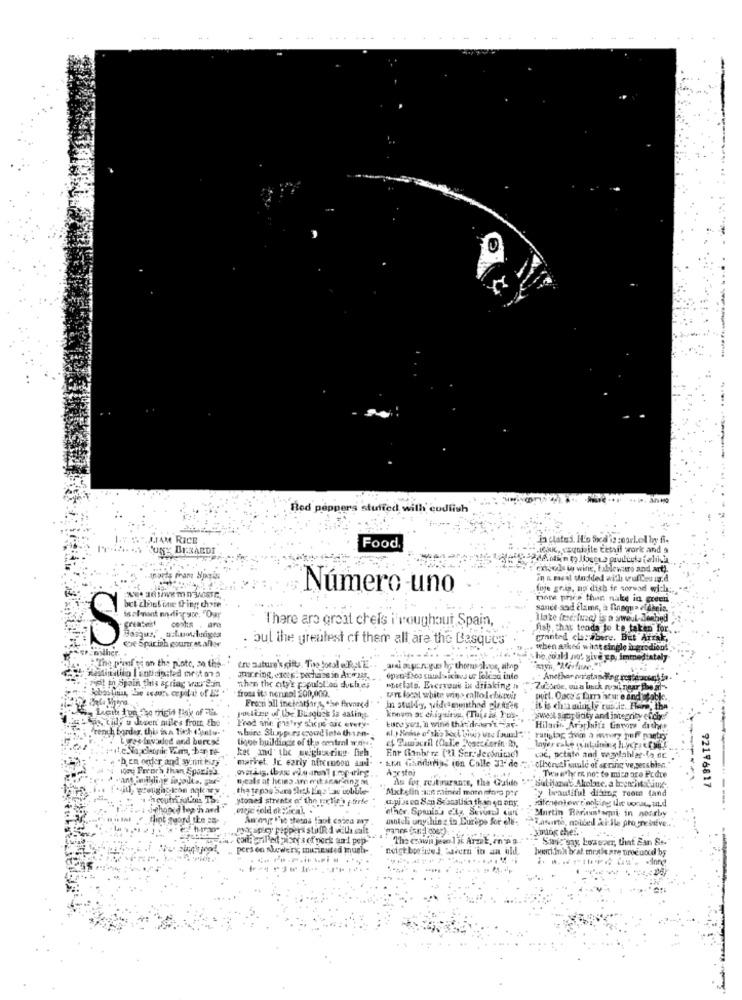
Red peppers stuffed with codfish
TAM RICE
In plates. HL'o fixed's :eurl.el byy fi.
BERARDI
Food.
FLINK, cagudsite tetsil work and 9
: enjols w wing, tableware and art).
in n. zwal Modded with vufCes ig.d
Número uno
fuje gris, no dish fr sorvad wich:
more price than nake in green
bet chel one thing chate
sance scad clame, à finaqua eldhele.
greatest costs . ara
There are great cheis i'roughout Spain,
fish, that tends to be taken for.
Basque, azlowlediges
Ce Sparish gounrecallar
00
bul the greatest of them all are the Basques
granted clarabere. But Arrak,
Either
when asked what single ingredient
"The p'raf te on the plate, zo the ..
who could not give up, immediately
tre nature's gifts. The tool DE .. and aging by theusahos, sihp
Redhatilo I anticipated mest on a
jeit th Spain this agriag was Sin
Jhar ring, excep. pochass in Av. it
open-fros salsichavs ur Tolead inte
Anether w'standing resteraouch ia
froma its nonnol 200,000.
than the city's populolan duches
"ocelots. Everyone in driaking In
Frecti all inefestsir,s, the fhvneed
port. Osco's fam ature and stable ..
In stuldy, widesmonthad pletzin
as tilly u dieen miles from the
poctize of the Bisque's la satin.
knove as chiquita. (This is Ius-
ywell simplicity and integrity ofchef
rench border, this isa Bitch t'onto-
Frad she phstry shope aac every-
white Slippes esordiota thian-
Luce yes, i wind that dream't Har-
Hilario Araphitz Garons dishes
birres Invaded and burcse
lique buildings of the central wane.
ket and' the weigharing. fieh.
Enr (inbe re ['Li Ser. Jerónitac)
ben ogler and sy mint hire
market, Jc early afternoon and. . Et Gandaras ion Calle 31 de
cac, potato and wgylablag-to dr.
rh than Sporip's
Agestor
ciberutionule of spring vezetchien.
Tweeflyr r not to mico ore Fedre
nyeals at heins an erit sner ting M
As for rejtirurants, the Guide
y beautiful dining room tand
92196817
stoned strente of the picture gtirte
u.pi sten Son Seasalisa than on any.
'hard
other. Spanis's ella, Sevund can
Portin Reriauntermi in noorby
-------.
mnich uny hin z in Europe for ele-
Tatuarto, mobbed At Ile progressive ..
Joggspicy peppers stuff 1 with salt
Joung ches ..
a. con; grilled piory s of pork and pep-
The crown jeen ] ik Arzak, en sp a.
Sans say Lowszer; that Ean St.
person skewers; micinsted mugh-
neighborineJ tavern 'in an old
herci ink brat mrale are produced by